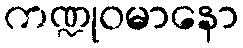
ကဏ္ဍုဝမာနော